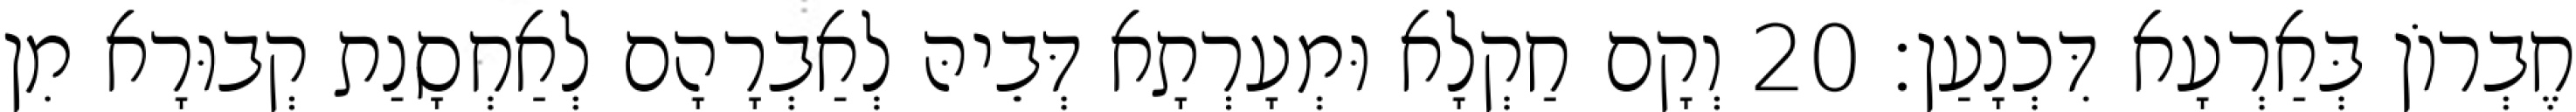
חֶבְרוֹן בְּאַרְעָא דִּכְנָעַן׃ 20 וְקָם חַקְלָא וּמְעָרְתָא דְּבֵיהּ לְאַבְרָהָם לְאַחְסָנַת קְבוּרָא מִן